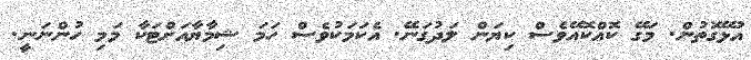
އުޅޭގޮތުން. މަގޭ ކޮއްކޮއޭވެސް ކިޔަން ލަދުގަނޭ. އެކަމަކުވެސް ހަމަ ޝިމާޔާއަށްޓަކާ މަމި ހުންނަނީ.